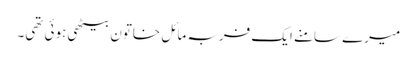
میرے سامنے ایک فربہ مائل خاتون بیٹھی ہوئی تھی۔